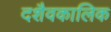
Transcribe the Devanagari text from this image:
दशैवकालिक